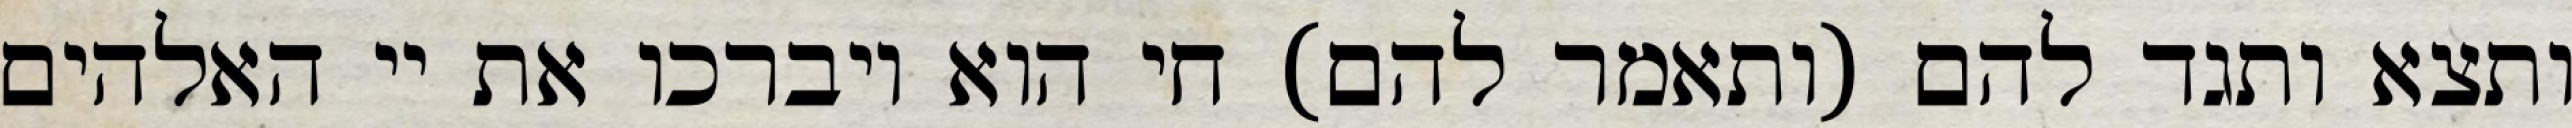
ותצא ותגד להם (ותאמר להם) חי הוא ויברכו את יי האלהים